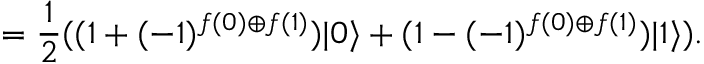
= { \frac { 1 } { 2 } } ( ( 1 + ( - 1 ) ^ { f ( 0 ) \oplus f ( 1 ) } ) | 0 \rangle + ( 1 - ( - 1 ) ^ { f ( 0 ) \oplus f ( 1 ) } ) | 1 \rangle ) .